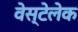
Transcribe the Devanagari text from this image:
वेस्टेलेक